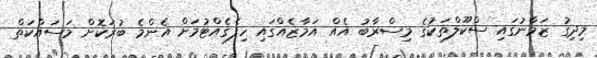
މިދިގު ޒަމާނުގައި ސްކޫލްތަކުގެ މިސްރާބު އެއް އަމާޒެއްގައި ހިފެގެއްޓުމަށް އެންމެ ބުރަކޮށް މަސައްކަތް